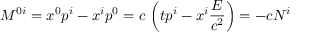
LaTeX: M ^ { 0 i } = x ^ { 0 } p ^ { i } - x ^ { i } p ^ { 0 } = c \, \left( t p ^ { i } - x ^ { i } { \frac { E } { c ^ { 2 } } } \right) = - c N ^ { i }